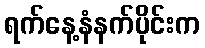
ရက်နေ့နံနက်ပိုင်းက